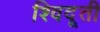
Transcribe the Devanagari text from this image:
श्विदूती